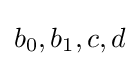
b_{0},b_{1},c,d